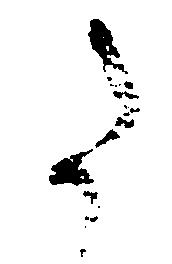
た